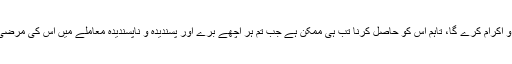
) تم جتنا زیادہ اس کی تعظیم و احترام کروگی وہ اتنا ہی تمہارا اعزاز و اکرام کرے گا، تاہم اس کو حاصل کرنا تب ہی ممکن ہے جب تم ہر اچھے برے اور پسندیدہ و ناپسندیدہ معاملے میں اس کی مرضی کو اپنی مرضی پر اور اس کی خواہش کو اپنی خواہش پر ترجیح دو۔